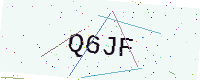
Text: Q6JF